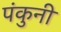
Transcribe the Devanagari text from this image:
पंकुनी